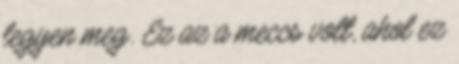
legyen meg. Ez az a meccs volt, ahol ez